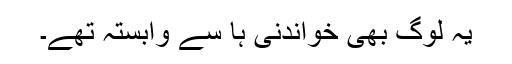
یہ لوگ بھی خواندنی ہا سے وابستہ تھے۔